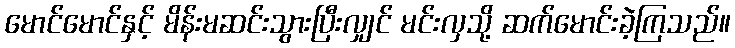
မောင်မောင်နှင့် မိန်းမဆင်းသွားပြီးလျှင် မင်းလှသို့ ဆက်မောင်းခဲ့ကြသည်။